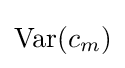
{\text{Var}}(c_{m})